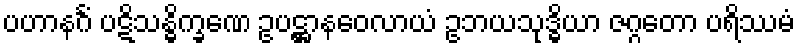
ပဟာနင်္ဂံ ပဋိသန္ဓိက္ခဏေ ဥပဋ္ဌာနဝေလာယံ ဥဘယသုဒ္ဓိယာ ဇဂ္ဂတော ပရိဿမံ